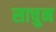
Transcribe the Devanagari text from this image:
साचुन